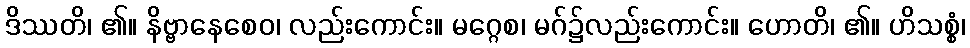
ဒိဿတိ၊ ၏။ နိဗ္ဗာနေစေဝ၊ လည်းကောင်း။ မဂ္ဂေစ၊ မဂ်၌လည်းကောင်း။ ဟောတိ၊ ၏။ ဟိသစ္စံ၊